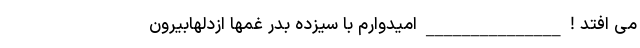
می افتد ! _______________ امیدوارم با سیزده بدر غمها ازدلهابیرون